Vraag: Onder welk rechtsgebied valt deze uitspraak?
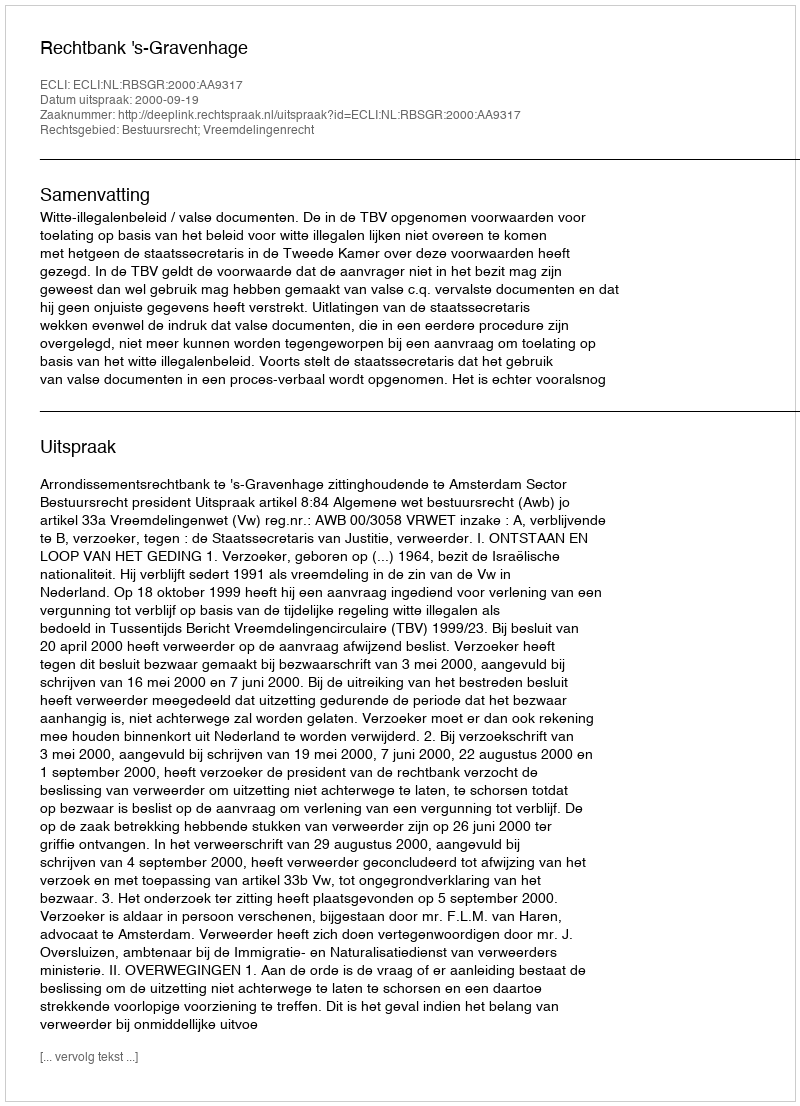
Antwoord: Bestuursrecht; Vreemdelingenrecht